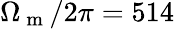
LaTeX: \Omega_{\mathrm{~m~}}/2\pi=514